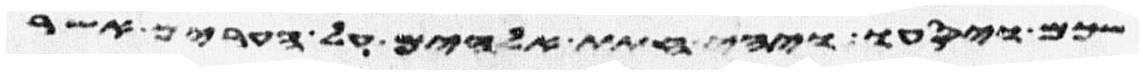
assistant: שכם ויסעו ויהי חתת אלהים על הערים אשר